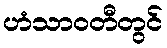
ဟံသာဝတီတွင်